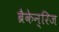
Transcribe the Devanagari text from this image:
ब्रैकेन्‌रिज